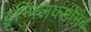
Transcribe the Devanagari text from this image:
इन्फ्लिक्सीमैब